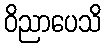
ဝိညာပေသိ